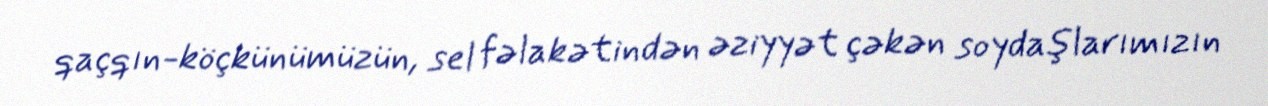
qaçqın-köçkünümüzün, sel fəlakətindən əziyyət çəkən soydaşlarımızın